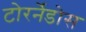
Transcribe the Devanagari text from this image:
टोरर्नेडोस